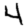
Digit: 4